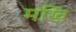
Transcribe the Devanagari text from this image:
मखि